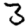
Digit: 3